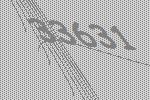
33631